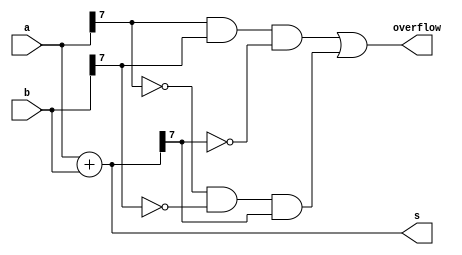
module top_module (
    input [7:0] a,
    input [7:0] b,
    output [7:0] s,
    output overflow
); //
 
    assign s = a + b;
    // a = 3'b011 // 3
    // b = 3'b001 // 1
    // a + b = 3'b100 // -4 overflow

    // a = 3'b111 // -1
    // b = 3'b100 // -4
    // a + b = 3'b011 // 3 overflow

    // a = 3'b001 // 1
    // b = 3'b100 // -4 never overflow

    assign overflow = a[7] & b[7] & ~s[7] | ~a[7] & ~b[7] & s[7];
endmodule